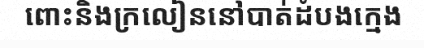
ពោះនិងក្រលៀននៅបាត់ដំបងក្មេង